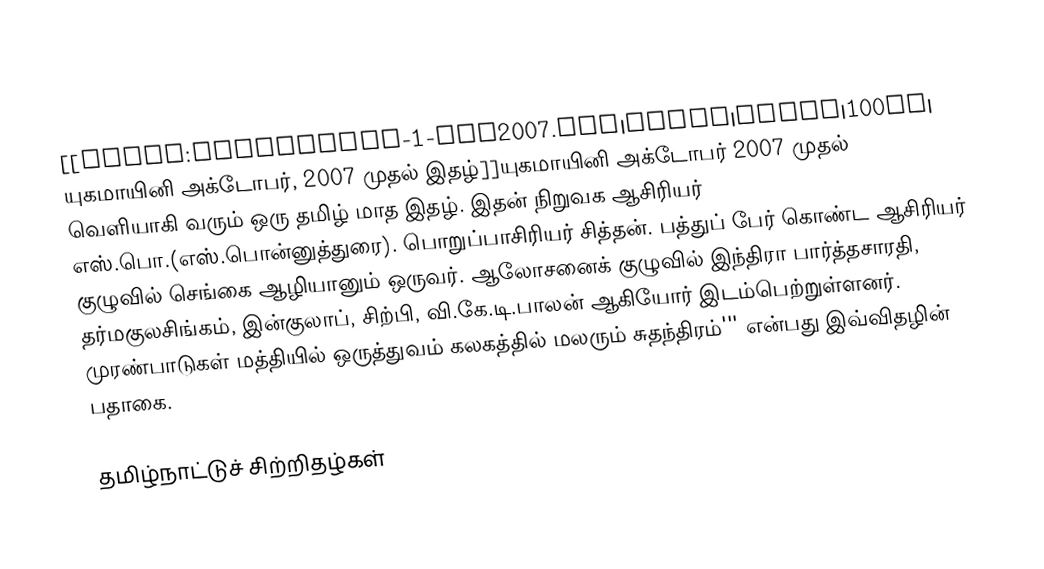
[[Image:Yugamajini-1-oct2007.jpg|thumb|right|100px| யுகமாயினி அக்டோபர், 2007 முதல் இதழ்]]யுகமாயினி அக்டோபர் 2007 முதல் வெளியாகி வரும் ஒரு தமிழ் மாத இதழ். இதன் நிறுவக ஆசிரியர் எஸ்.பொ.(எஸ்.பொன்னுத்துரை). பொறுப்பாசிரியர் சித்தன். பத்துப் பேர் கொண்ட ஆசிரியர் குழுவில் செங்கை ஆழியானும் ஒருவர். ஆலோசனைக் குழுவில் இந்திரா பார்த்தசாரதி, தர்மகுலசிங்கம், இன்குலாப், சிற்பி, வி.கே.டி.பாலன் ஆகியோர் இடம்பெற்றுள்ளனர். முரண்பாடுகள் மத்தியில் ஒருத்துவம் கலகத்தில் மலரும் சுதந்திரம்''' என்பது இவ்விதழின் பதாகை.

தமிழ்நாட்டுச் சிற்றிதழ்கள்